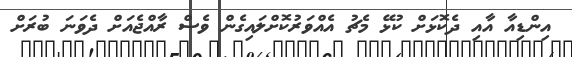
އިންޑިއާ އާއި ދެކޮޅަށް ކުޅޭ މެޗު އެއްވަރުކޮށްލައިގެން ވެސް ރާއްޖެއަށް ދެވަނަ ބުރަށް